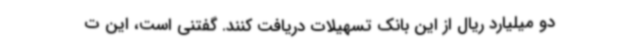
دو میلیارد ریال از این بانک تسهیلات دریافت کنند. گفتنی است، این ت